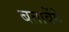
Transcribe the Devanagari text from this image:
बतावेंगे